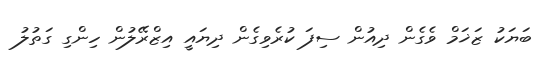
ބަޔަކު ޒަޚަމް ވެގެން ދިއުން ސިފަ ކުރެވިގެން ދިޔައީ އިޒްރޭލުން ހިންގި ގަތުލު